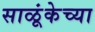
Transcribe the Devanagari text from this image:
साळूंकेच्या